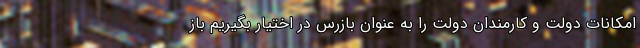
امکانات دولت و کارمندان دولت را به عنوان بازرس در اختیار بگیریم باز